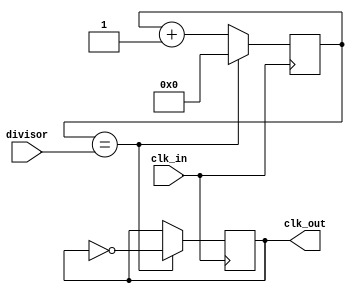
module programmable_clock_divider (
    input wire clk_in,
    input wire [7:0] divisor,
    output reg clk_out
);

reg [7:0] counter;

always @(posedge clk_in) begin
    if (counter == divisor) begin
        counter <= 0;
        clk_out <= ~clk_out;
    end else begin
        counter <= counter + 1;
    end
end

endmodule